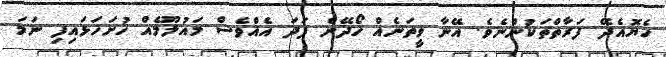
ހެޔޮއެދޭ ފަރާތްތަކުންނެވެ. އޭނާ ވީތަނެއް ހޯދޭނެ ފަދަ އެއްވެސް މައުލޫމެއް ހުށަހަޅައިފި ނަމަ